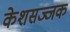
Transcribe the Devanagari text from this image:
केशसज्जक